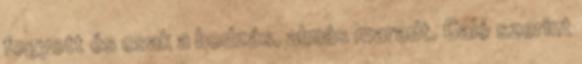
fogyott és csak a bodzás, almás maradt. Galó szerint